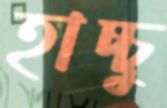
হাচ্চু